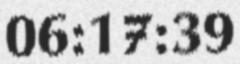
06:17:39